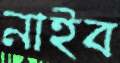
নাইব